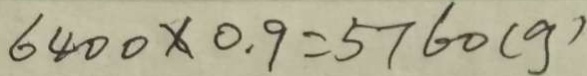
6 4 0 0 \times 0 . 9 = 5 7 6 0 ( g )